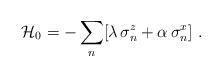
LaTeX: \begin{align*}\mathcal{H}_0=-\sum_n [\lambda\, \sigma^z_n+\alpha\, \sigma^x_n]\ .\end{align*}